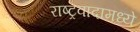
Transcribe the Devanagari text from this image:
राष्ट्रवादामध्ये